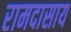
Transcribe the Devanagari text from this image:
रामदासाय